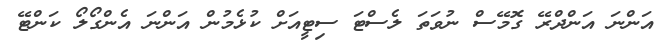
އަންނަ އަންދްރޭ ގޮމޭސް ނުވަތަ ލެސްޓަ ސިޓީއަށް ކުޅެމުން އަންނަ އެންގޯލޯ ކަންޓޭ